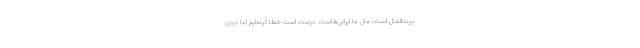
بیت‌المال است، مال ما ایرانی‌هاست. درست است خطا کرده‌ایم اما دزدی